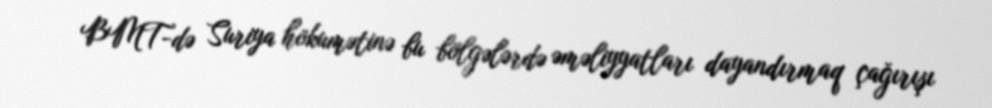
BMT-də Suriya hökumətinə bu bölgələrdə əməliyyatları dayandırmaq çağırışı